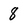
Character: 8